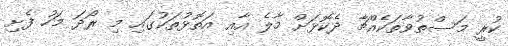
ކުރީ މަސްތުވާތަކެއްޗާ ދެކޮޅަށް މާލެ އާއި އަތޮޅުތަކުގައި މި ރޯދަ މަހު ފެށި